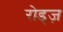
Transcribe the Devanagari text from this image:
रोड्ज़